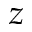
z